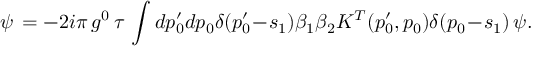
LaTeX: \psi \, = - 2 i \pi \, g ^ { 0 } \, \tau \, \int d p _ { 0 } ^ { \prime } d p _ { 0 } \delta ( p _ { 0 } ^ { \prime } \! - \! s _ { 1 } ) \beta _ { 1 } \beta _ { 2 } K ^ { T } ( p _ { 0 } ^ { \prime } , p _ { 0 } ) \delta ( p _ { 0 } \! - \! s _ { 1 } ) \, \psi .